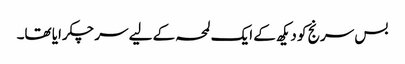
بس سرنج کو دیکھ کے ایک لمحہ کے لیے سر چکرایا تھا۔